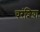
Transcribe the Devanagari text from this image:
चरंशिया